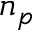
n _ { p }